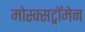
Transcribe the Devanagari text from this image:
मोस्क्सट्रॉमेन